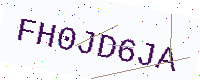
Text: FH0JD6JA